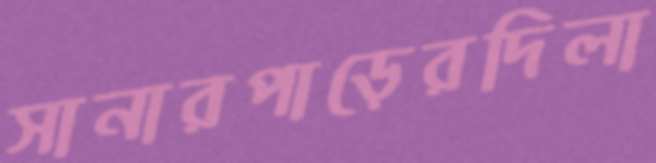
সানারপাড়েরদিলা